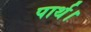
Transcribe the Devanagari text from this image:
पार्थ।